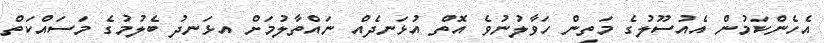
އެހެންކަމުން އެއުސޫލުގެ މަތިން ހަވާލުނުވެ އޮތް އުޅަނދެއް ނައްތާލުމަށް އޅަނދު ބެލުމުގެ މަސައްކަތް